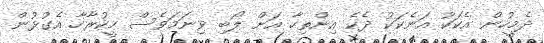
ދެމީހުން އެކަކު އަނެކަކު ދެކެ އިންތިހާ އަށް ލޯބި ވިނަމަވެސް ހީކުރާހާ އެގުޅުން